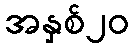
အနှစ်၂၀